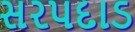
સરપદાડ